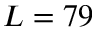
L = 7 9